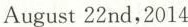
August 22nd，2014